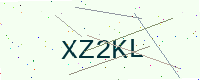
Text: XZ2KL